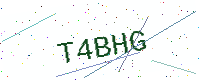
Text: T4BHG